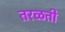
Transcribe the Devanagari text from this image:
तरळती